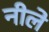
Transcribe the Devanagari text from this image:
नीले